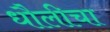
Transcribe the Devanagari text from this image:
धौलीचा